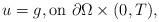
LaTeX: \begin{align*}u=g, \textrm{on}~\partial\Omega\times(0,T), \end{align*}